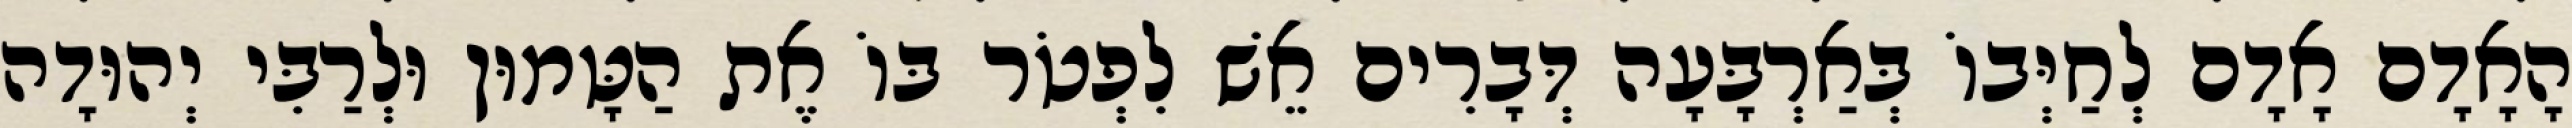
הָאָדָם אָדָם לְחַיְּבוֹ בְּאַרְבָּעָה דְּבָרִים אֵשׁ לִפְטֹר בּוֹ אֶת הַטָּמוּן וּלְרַבִּי יְהוּדָה